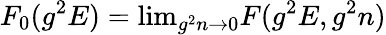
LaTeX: F_{0}(g^{2}E)=\mathrm{lim}_{g^{2}n\to 0}F(g^{2}E,g^{2}n)